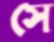
সে